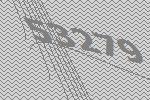
53279